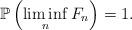
LaTeX: \begin{align*}\mathbb{P}\left(\liminf_n F_n \right) = 1.\end{align*}